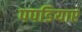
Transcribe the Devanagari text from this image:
पपडियाए